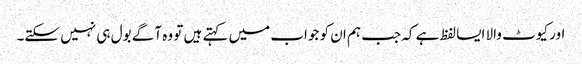
اور کیوٹ والا ایسا لفظ ہے کہ جب ہم ان کو جواب میں کہتے ہیں تو وہ آگے بول ہی نہیں سکتے۔